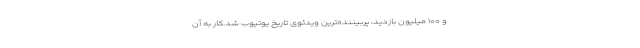
و ۱۰۰ میلیون بازدید، پربیننده‌ترین ویدئوی تاریخ یوتیوب شد.کار به آن